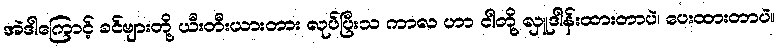
အဲဒါကြောင့် ခင်ဗျားတို့ ယီးတီးယားတား လုပ်ပြီးသ ကာလ ဟာ ငါတို့ လှူဒါန်းထားတာပဲ၊ ပေးထားတာပဲ။